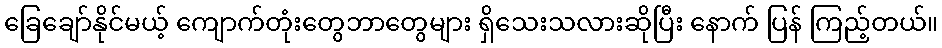
ခြေချော်နိုင်မယ့် ကျောက်တုံးတွေဘာတွေများ ရှိသေးသလားဆိုပြီး နောက် ပြန် ကြည့်တယ်။